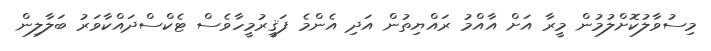
މިސުވާލުކޮށްލުމުން މީރާ އަށް އާއްމު ރައްޔިތުން އަދި އެންމެ ފަޤީރުމީހާވެސް ޓެކްސްދައްކާވަރު ބަލާލިން